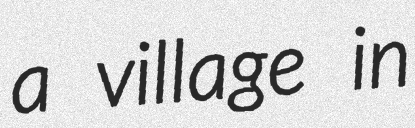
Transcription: a village in